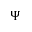
\Psi